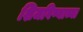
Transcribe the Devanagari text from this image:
शिजविण्याच्या